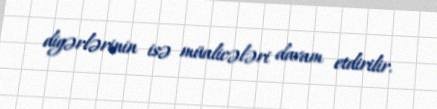
digərlərinin isə müalicələri davam etdirilir.